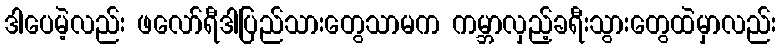
ဒါပေမဲ့လည်း ဖလော်ရီဒါပြည်သားတွေသာမက ကမ္ဘာလှည့်ခရီးသွားတွေထဲမှာလည်း